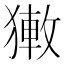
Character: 𤡄